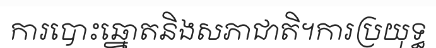
ការបោះឆ្នោតនិងសភាជាតិ។ការប្រយុទ្ធ